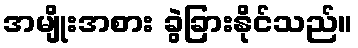
အမျိုးအစား ခွဲခြားနိုင်သည်။